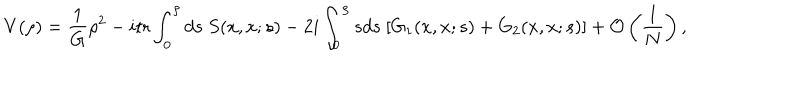
V ( \rho ) = \frac { 1 } { G } \rho ^ { 2 } - i \mathrm { t r } \int _ { 0 } ^ { \rho } d s \ S ( x , x ; s ) - 2 i \int _ { 0 } ^ { \rho } s d s \ [ G _ { 1 } ( x , x ; s ) + G _ { 2 } ( x , x ; s ) ] + { \cal O } \left( \frac { 1 } { N } \right) ,